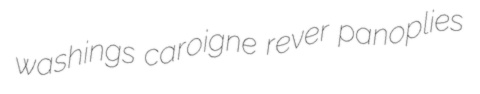
washings caroigne rever panoplies